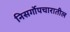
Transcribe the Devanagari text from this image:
निसर्गोपचारातील